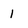
Character: 1